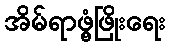
အိမ်ရာဖွံ့ဖြိုးရေး